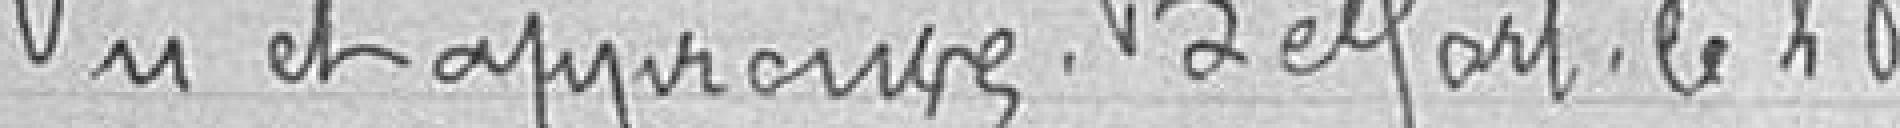
Lu et approuvé Belfort le 25